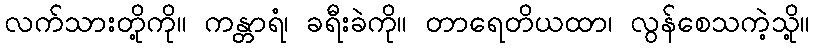
လက်သားတို့ကို။ ကန္တာရံ၊ ခရီးခဲကို။ တာရေတိယထာ၊ လွန်စေသကဲ့သို့။